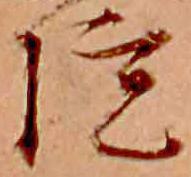
院